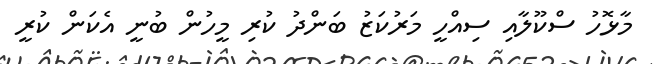
މާޅޮހު ސްކޫލާއި ސިއްހީ މަރުކަޒު ބަންދު ކުރި މީހުން ބުނީ އެކަން ކުރީ